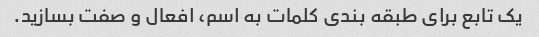
یک تابع برای طبقه بندی کلمات به اسم، افعال و صفت بسازید.